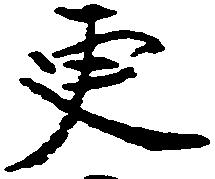
更